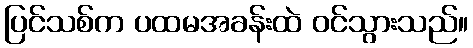
ပြင်သစ်က ပထမအခန်းထဲ ဝင်သွားသည်။